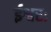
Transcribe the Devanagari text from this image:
ईश्वरः